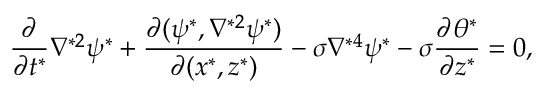
\frac { \partial } { \partial t ^ { * } } \nabla ^ { * 2 } \psi ^ { * } + \frac { \partial ( \psi ^ { * } , \nabla ^ { * 2 } \psi ^ { * } ) } { \partial ( x ^ { * } , z ^ { * } ) } - \sigma \nabla ^ { * 4 } \psi ^ { * } - \sigma \frac { \partial \theta ^ { * } } { \partial z ^ { * } } = 0 ,